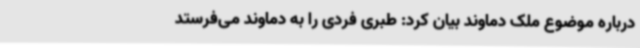
درباره موضوع ملک دماوند بیان کرد: طبری فردی را به دماوند می‌فرستد